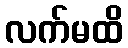
လက်မထိ